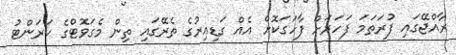
ރާއްޖޭގައި ފުރަތަމަ ފަހަރަށް ފާހަގަކޮށް އެއް ގަޑިއިރުގެ ތެރޭގައި ތިން މެގަވޮޓްގެ ކަރަންޓު